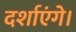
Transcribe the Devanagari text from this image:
दर्शाएंगे।